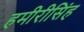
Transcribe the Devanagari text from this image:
हमीरीसिंह